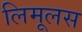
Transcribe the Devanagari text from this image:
लिमूलस